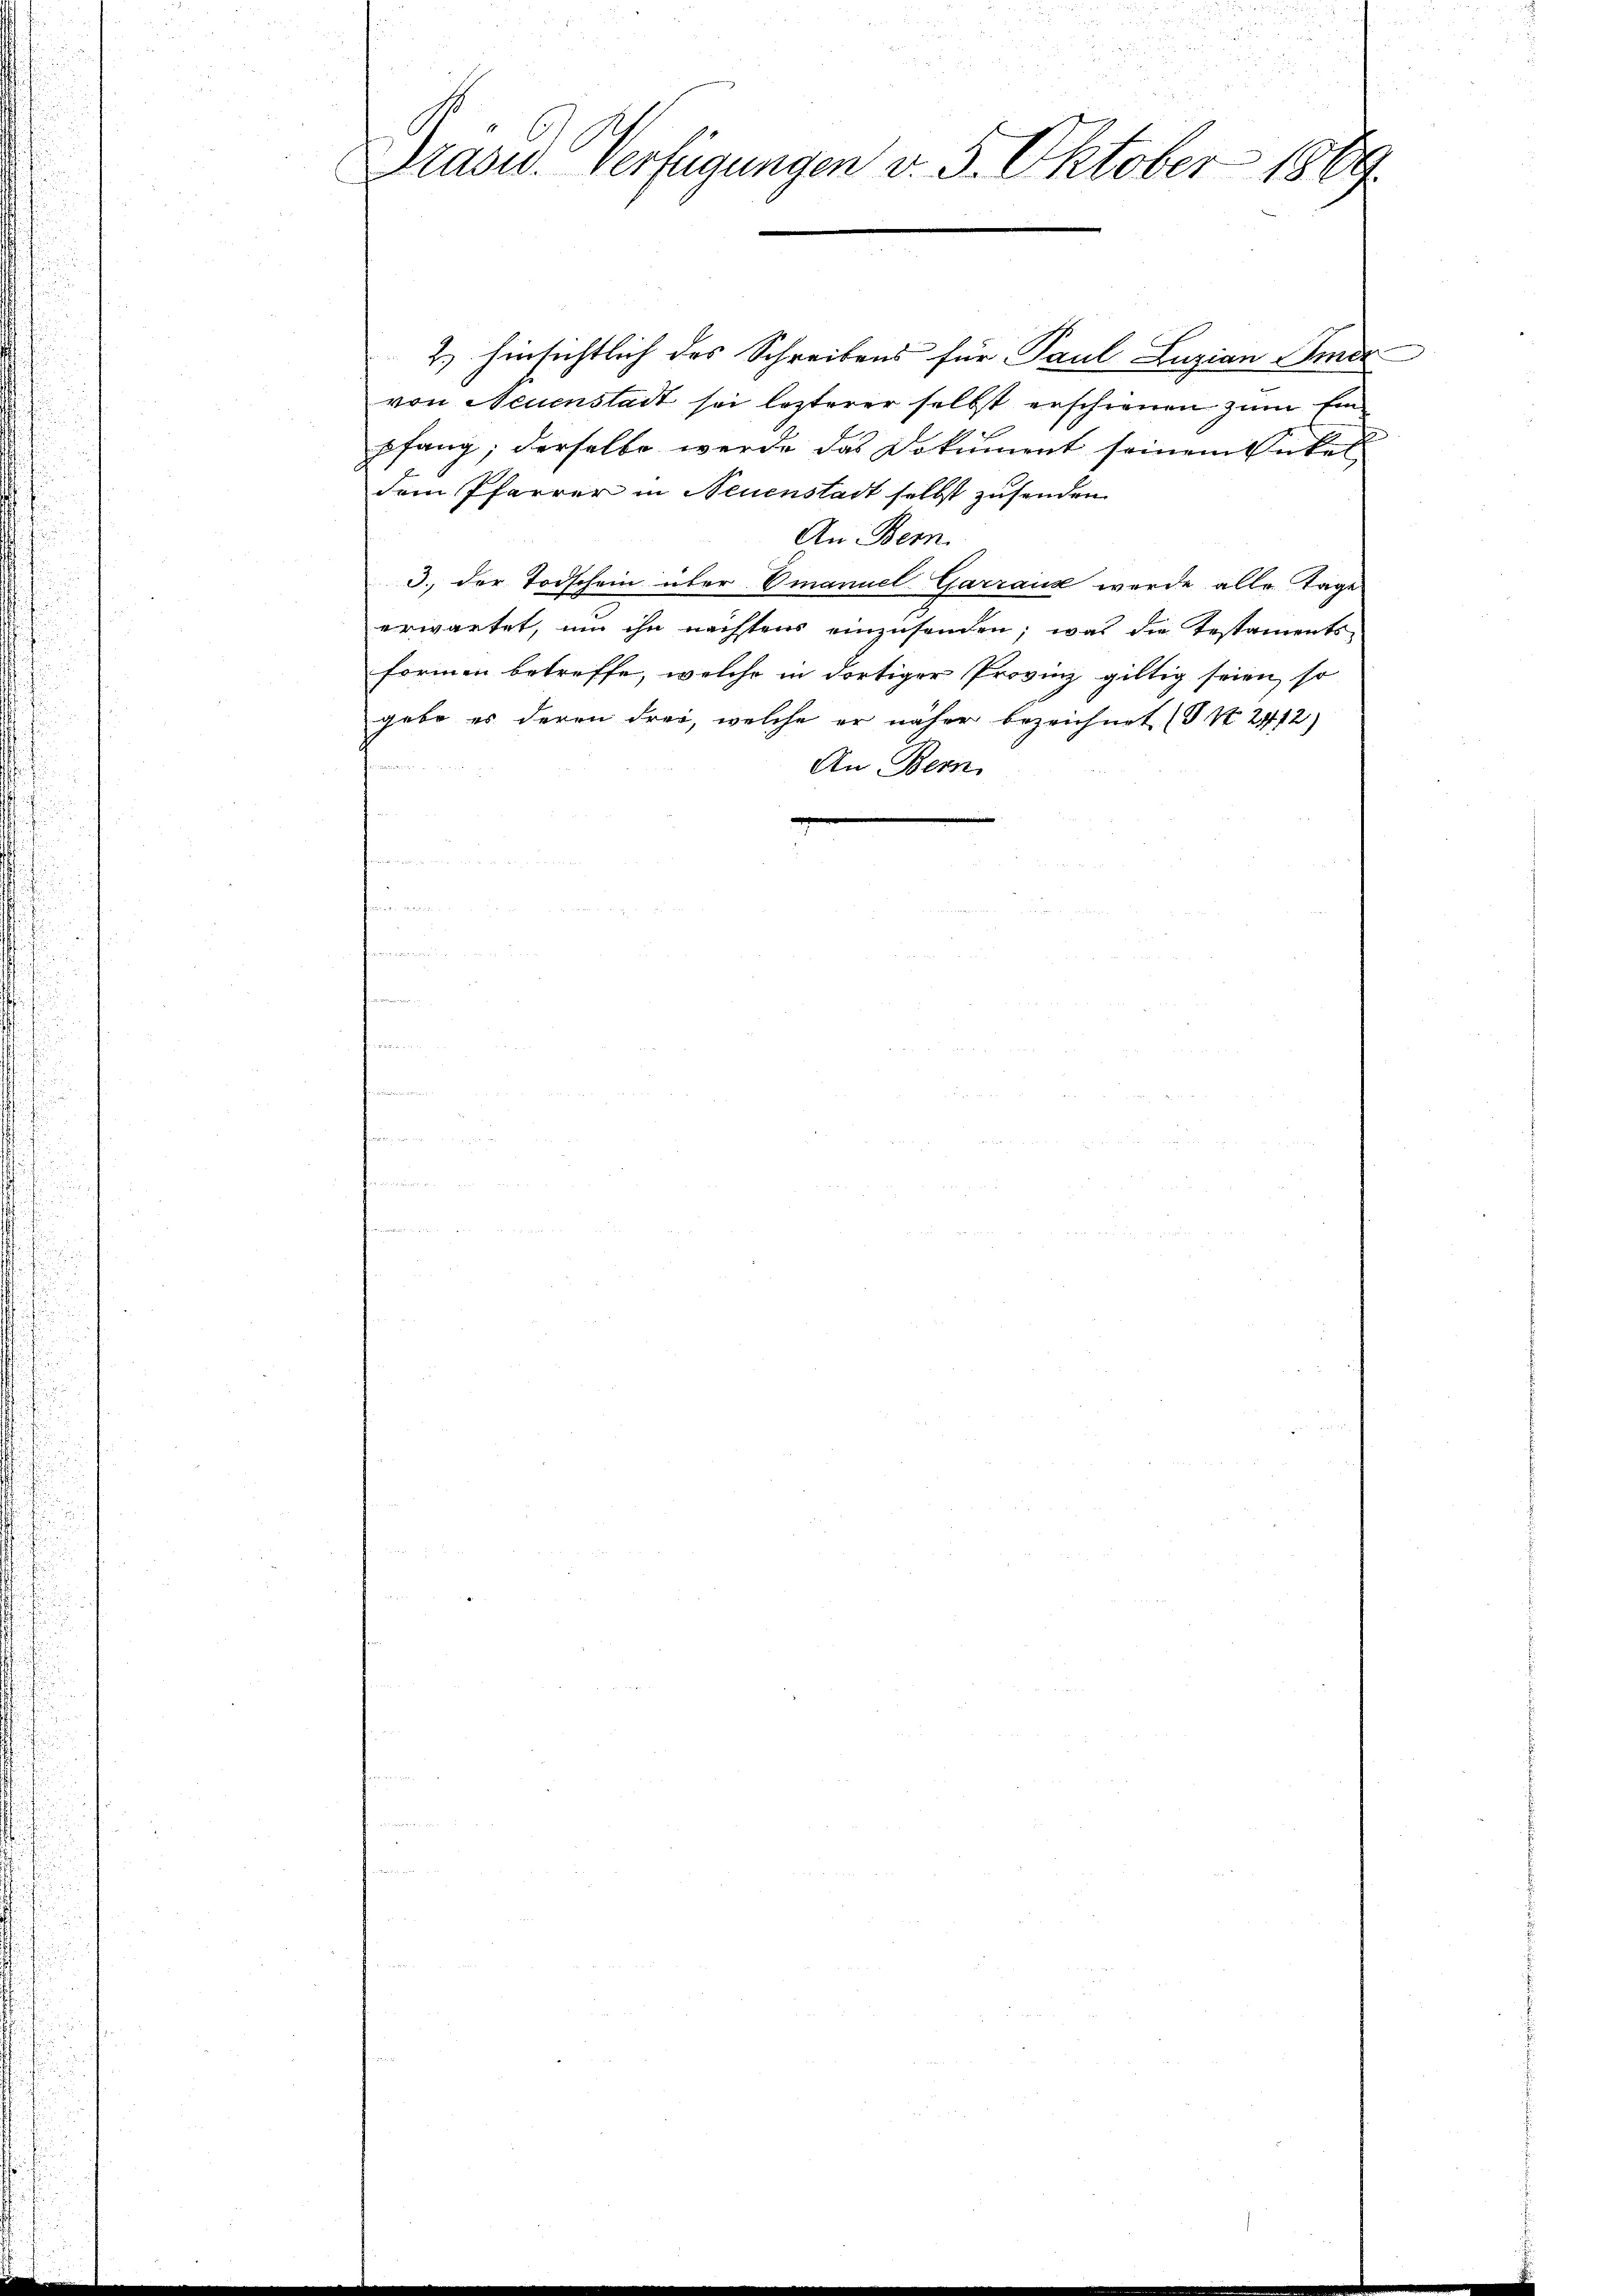
Drasw. Verfügungen v. 5. Oktober 1889.

2.) hinsichtlich des Schreibens für Paul Luzian Amer
von Neuenstait sei lezterer selbst erschienen zum Ein¬
2
pfang; derselbe werde das Dokument seinem Enkel
dem Pfarrer in Neuenstadt selbst zusenden
An Bern
3. der Todschein über Emanuel-Garraus wurde alle Tage
erwartet, um ihn nächstens einzusenden; was die Testaments
Formen betreffe, welche in dortiger Provinz giltig seien, so
gabe es deren drei, welche er näher bezeichnet (S. S. 2412)
An Bern